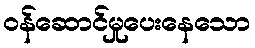
ဝန်ဆောင်မှုပေးနေသော